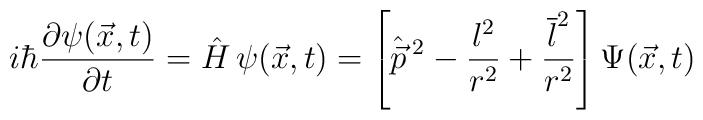
i\hbar {\partial \psi(\vec{x},t) \over \partial t} =    \hat{H} \, \psi (\vec{x},t) =\left[\hat{\vec{p}}\, \sp2- {l^2  \over r^2} +{\overline{l}\sp2\over  r^2 } \right]\Psi(\vec{x},t)